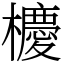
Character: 櫦